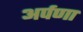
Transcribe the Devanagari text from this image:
अर्पणा